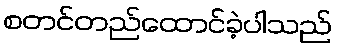
စတင်တည်ထောင်ခဲ့ပါသည်